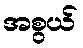
အစွယ်